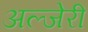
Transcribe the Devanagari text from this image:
अल्जेरी